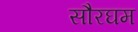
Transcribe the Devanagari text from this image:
सौरघम